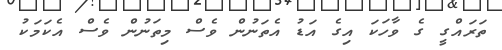
ތަރައްގީ ގެ ވާހަކަ އިގެ އަޑު އެތަނުން ވެސް މިތަނުން ވެސް އެކަމަކު